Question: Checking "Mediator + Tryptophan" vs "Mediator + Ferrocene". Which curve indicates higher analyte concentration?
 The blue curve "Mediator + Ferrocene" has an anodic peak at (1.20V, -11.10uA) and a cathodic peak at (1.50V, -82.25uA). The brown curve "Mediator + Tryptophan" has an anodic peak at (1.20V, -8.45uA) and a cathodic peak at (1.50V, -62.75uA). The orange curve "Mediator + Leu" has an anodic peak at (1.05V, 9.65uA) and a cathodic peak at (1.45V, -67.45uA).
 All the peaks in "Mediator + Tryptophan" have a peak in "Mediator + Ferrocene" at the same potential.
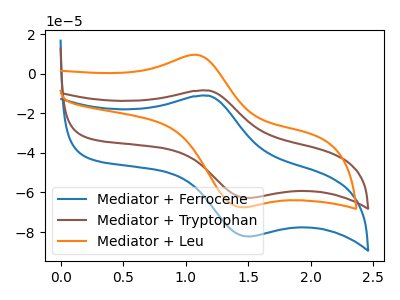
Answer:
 <answer>I cant tell if "Mediator + Tryptophan" or "Mediator + Ferrocene" has higher concentration.</answer>
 <eval>mixed_concentration</eval>